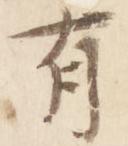
有